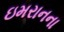
ઇમરાનના